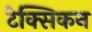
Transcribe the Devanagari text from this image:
टेक्सिकन